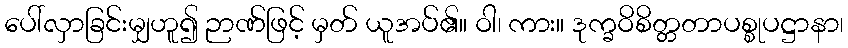
ပေါ်လှာခြင်းမျှဟူ၍ ဉာဏ်ဖြင့် မှတ် ယူအပ်၏။ ဝါ၊ ကား။ ဒုက္ခဝိစိတ္တတာပစ္စုပဋ္ဌာနာ၊